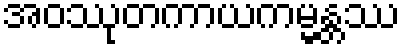
အဝဿုတကာယကမ္မန္တဿ